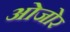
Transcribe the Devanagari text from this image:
ओजोर